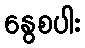
နွေစပါး